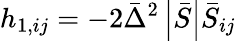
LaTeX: h_{1,ij}=-2{\bar{\Delta}^{2}}\left|{\bar{S}}\right|{\bar{S}_{ij}}